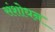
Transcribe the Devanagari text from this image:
संशोधऩ